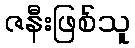
ဇနီးဖြစ်သူ